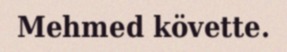
Mehmed követte.